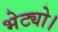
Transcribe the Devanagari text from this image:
भेट्यो।